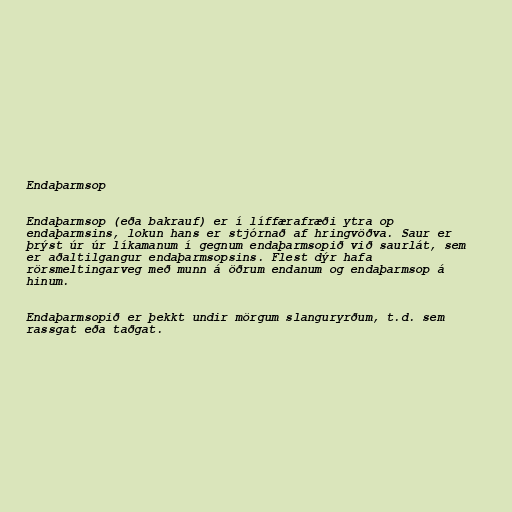
Endaþarmsop

Endaþarmsop (eða bakrauf) er í líffærafræði ytra op
endaþarmsins, lokun hans er stjórnað af hringvöðva. Saur er
þrýst úr úr líkamanum í gegnum endaþarmsopið við saurlát, sem
er aðaltilgangur endaþarmsopsins. Flest dýr hafa
rörsmeltingarveg með munn á öðrum endanum og endaþarmsop á
hinum.

Endaþarmsopið er þekkt undir mörgum slanguryrðum, t.d. sem
rassgat eða taðgat.